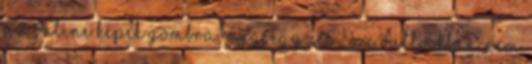
az Online képek gombra. Megjegyzés : Az Outlookban nem